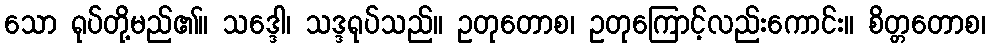
သော ရုပ်တို့မည်၏။ သဒ္ဒေါ၊ သဒ္ဒရုပ်သည်။ ဥတုတောစ၊ ဥတုကြောင့်လည်းကောင်း။ စိတ္တတောစ၊